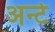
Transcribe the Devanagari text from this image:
अर्न्ट